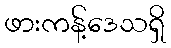
ဖားကန့်ဒေသရှိ